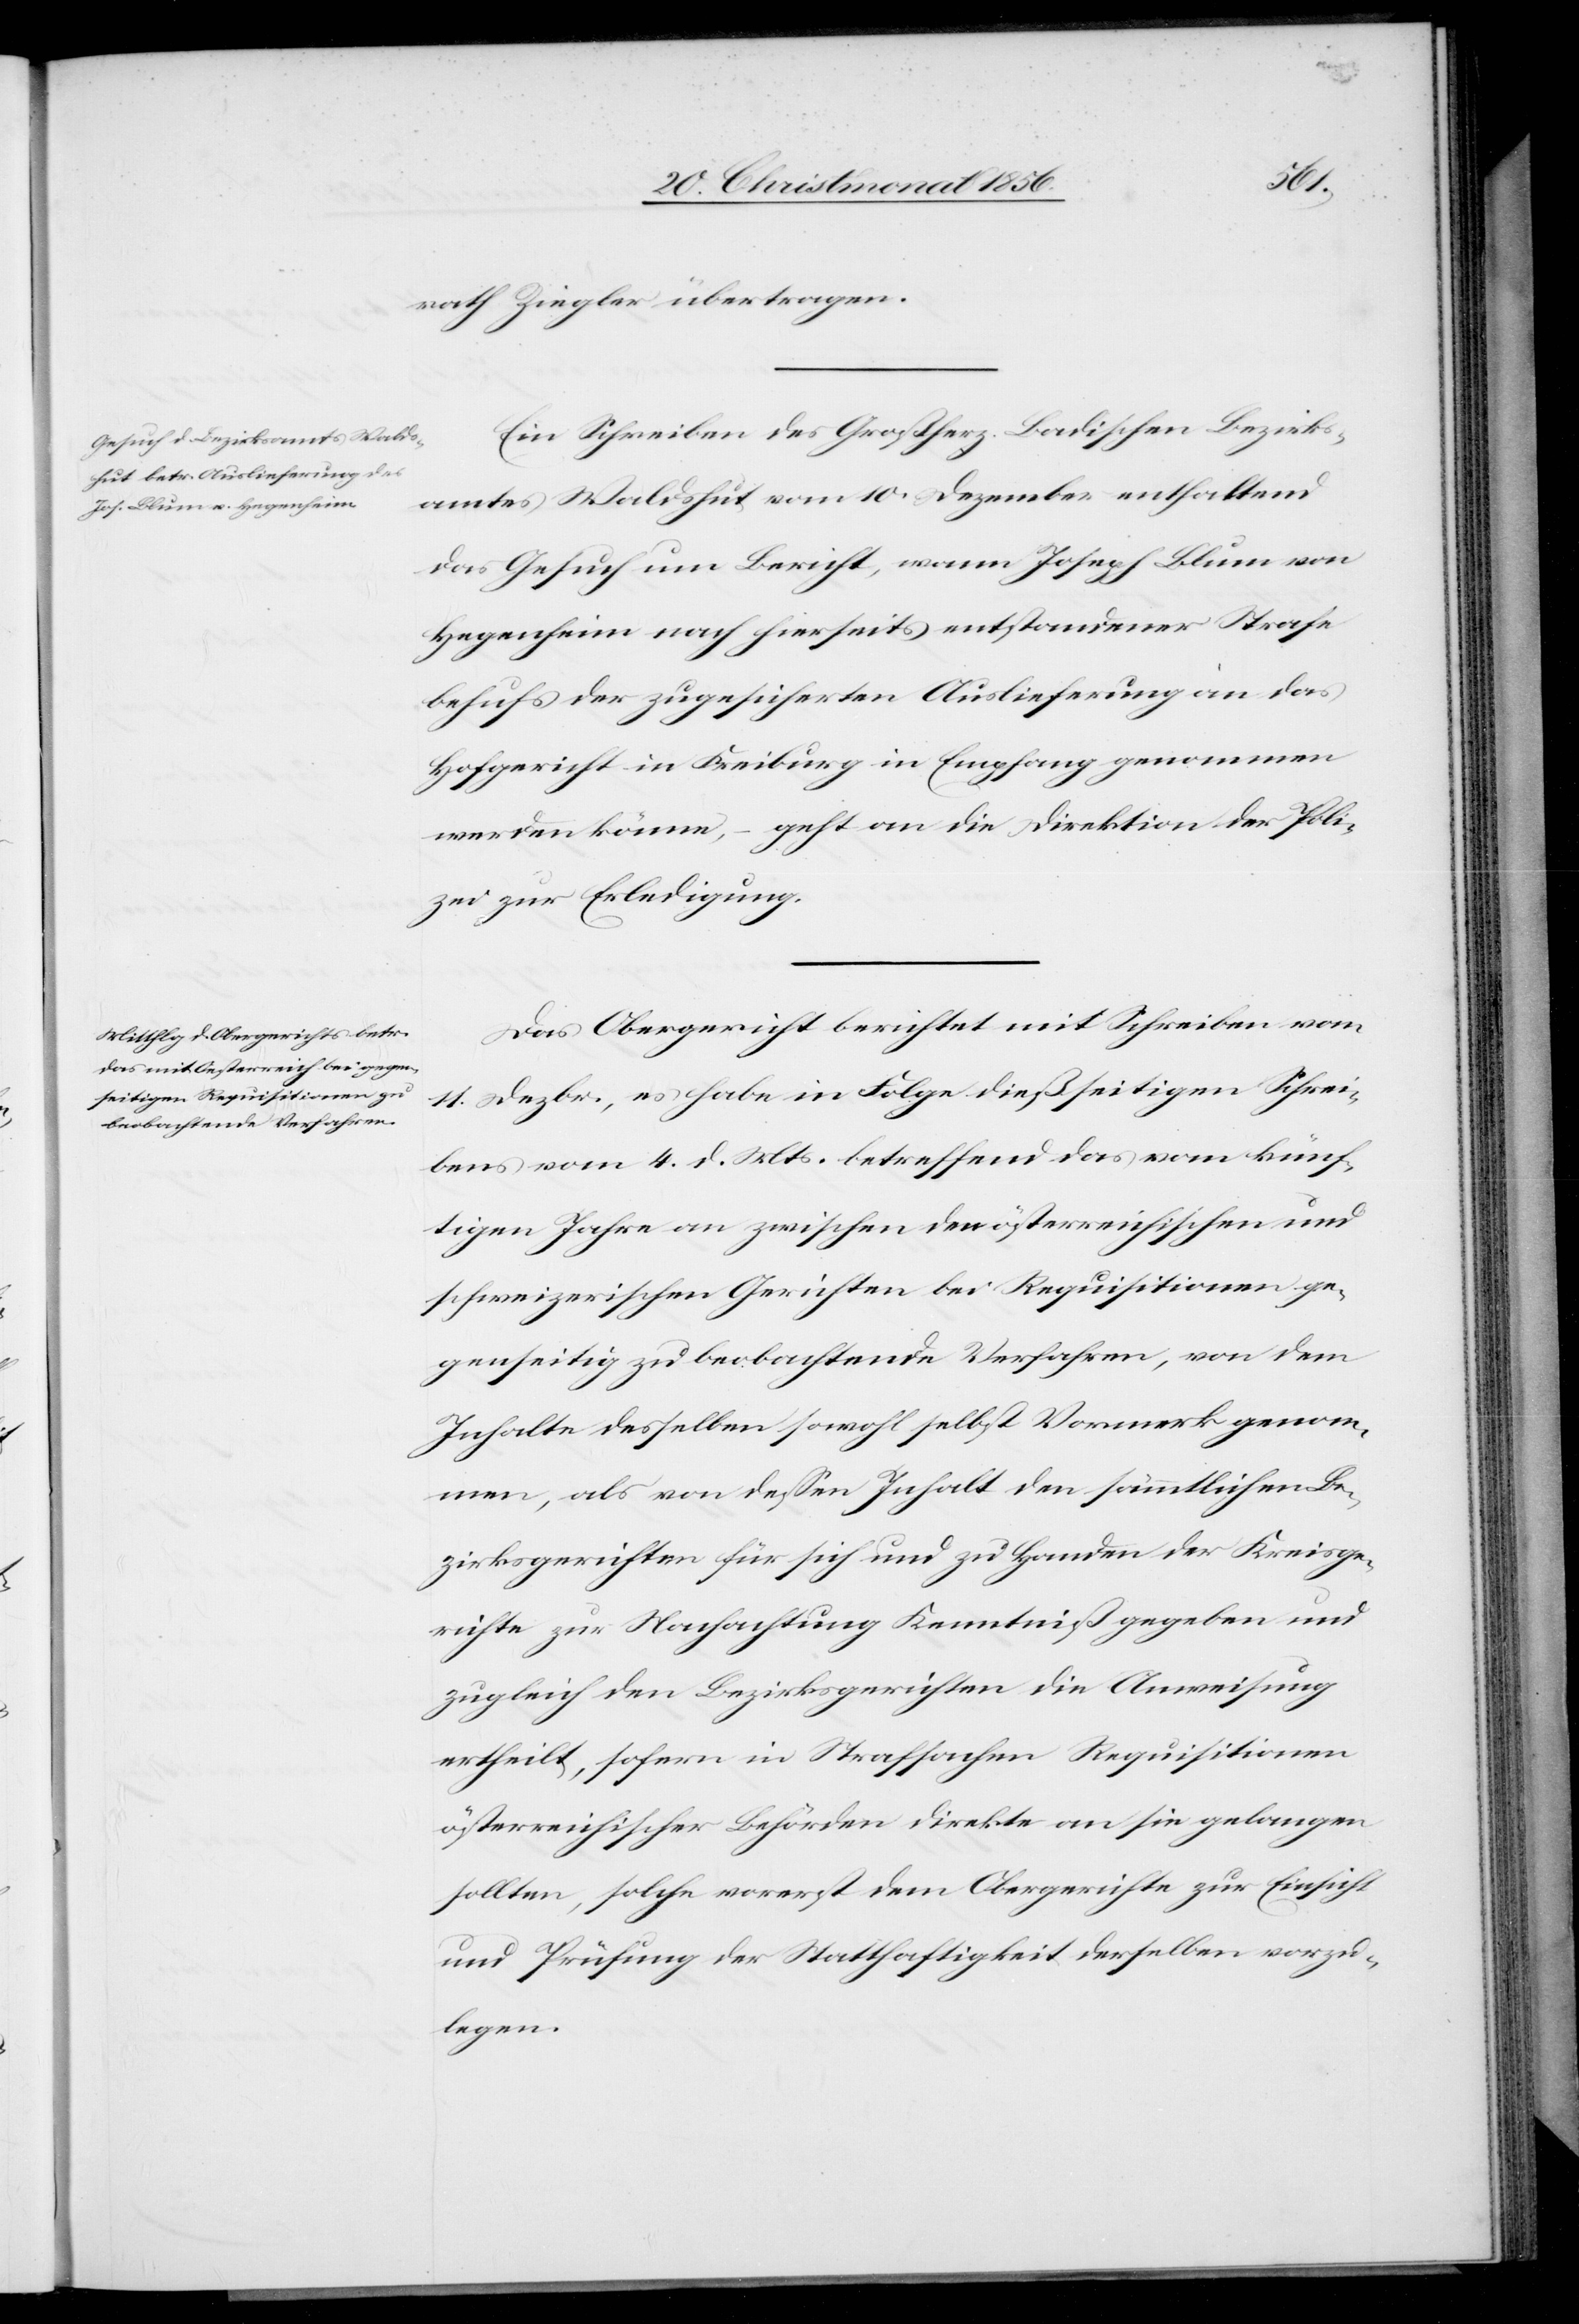
rath Ziegler übertragen.
Ein Schreiben des Großherz. Badischen Bezirks¬
amtes Waldshut vom 10. Dezember enthaltend
das Gesuch um Bericht, wann Joseph Blum von
Hegenheim nach hierseits entstandener Strafe
behufs der zugesicherten Auslieferung an das
Hofgericht in Freiburg in Empfang genommen
werden könne, – geht an die Direktion der Poli¬
zei zur Erledigung.
Das Obergericht berichtet mit Schreiben vom
11. Dezbr., es habe in Folge dießseitigen Schrei¬
bens vom 4. d. Mts. betreffend das vom künf¬
tigen Jahre an zwischen den österreichischen und
schweizerischen Gerichten bei Requisitionen ge¬
genseitig zu beobachtende Verfahren, von dem
Inhalte desselben sowohl selbst Vormerk genom¬
men, als von dessen Inhalt den sämmtlichen Be¬
zirksgerichten für sich und zu Handen der Kreisge¬
richte zur Nachachtung Kenntniß gegeben und
zugleich den Bezirksgerichten die Anweisung
ertheilt, sofern in Strafsachen Requisitionen
österreichischer Behörden direkte an sie gelangen
sollten, solche vorerst dem Obergerichte zur Einsicht
und Prüfung der Statthaftigkeit derselben vorzu¬
legen.